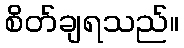
စိတ်ချရသည်။